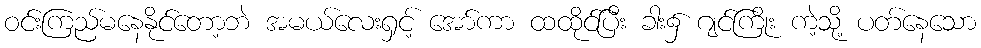
ဝင်းကြည်မနေနိုင်တော့ဘဲ အမယ်လေးရှင့် အော်ကာ ထထိုင်ပြီး ခါး၌ ဂျင်ကြိုး ကဲ့သို့ ပတ်နေသော